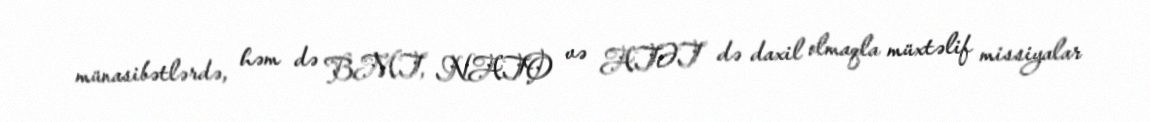
münasibətlərdə, həm də BMT, NATO və ATƏT də daxil olmaqla müxtəlif missiyalar